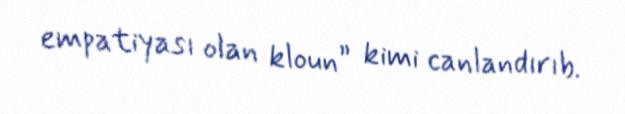
empatiyası olan kloun” kimi canlandırıb.